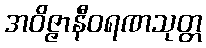
အဝိဇ္ဇာနီဝရဏသုတ္တ